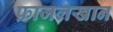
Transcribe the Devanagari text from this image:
फ़ाजलखान